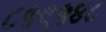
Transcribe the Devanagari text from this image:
८५९५४८